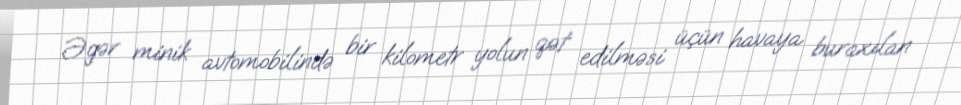
Əgər minik avtomobilində bir kilometr yolun qət edilməsi üçün havaya buraxılan